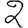
Digit: 2